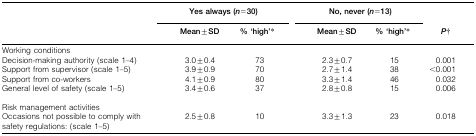
<table><thead><tr><td></td><td colspan="3"><b>Yes always (<i>n</i> = 30)</b></td><td colspan="3"><b>No, never (<i>n</i> = 13)</b></td><td></td></tr><tr><td></td><td></td><td><b>Mean±SD</b></td><td><b>% ‘high’*</b></td><td></td><td><b>Mean±SD</b></td><td><b>% ‘high’*</b></td><td><b><i>P</i>†</b></td></tr></thead><tbody><tr><td>Working conditions</td><td></td><td></td><td></td><td></td><td></td><td></td><td></td></tr><tr><td>Decision-making authority (scale 1–4)</td><td></td><td>3.0±0.4</td><td>73</td><td></td><td>2.3±0.7</td><td>15</td><td>0.001</td></tr><tr><td>Support from supervisor (scale 1–5)</td><td></td><td>3.9±0.9</td><td>70</td><td></td><td>2.7±1.4</td><td>38</td><td>&lt;0.001</td></tr><tr><td>Support from co-workers</td><td></td><td>4.1±0.9</td><td>80</td><td></td><td>3.3±1.4</td><td>46</td><td>0.032</td></tr><tr><td>General level of safety (scale 1–5)</td><td></td><td>3.4±0.6</td><td>37</td><td></td><td>2.8±0.8</td><td>15</td><td>0.006</td></tr><tr><td>Risk management activities</td><td></td><td></td><td></td><td></td><td></td><td></td><td></td></tr><tr><td>Occasions not possible to comply with safety regulations: (scale 1–5)</td><td></td><td>2.5±0.8</td><td>10</td><td></td><td>3.3±1.3</td><td>23</td><td>0.018</td></tr></tbody></table>